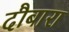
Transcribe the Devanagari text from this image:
दौबारा